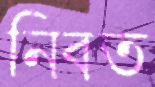
নিবত